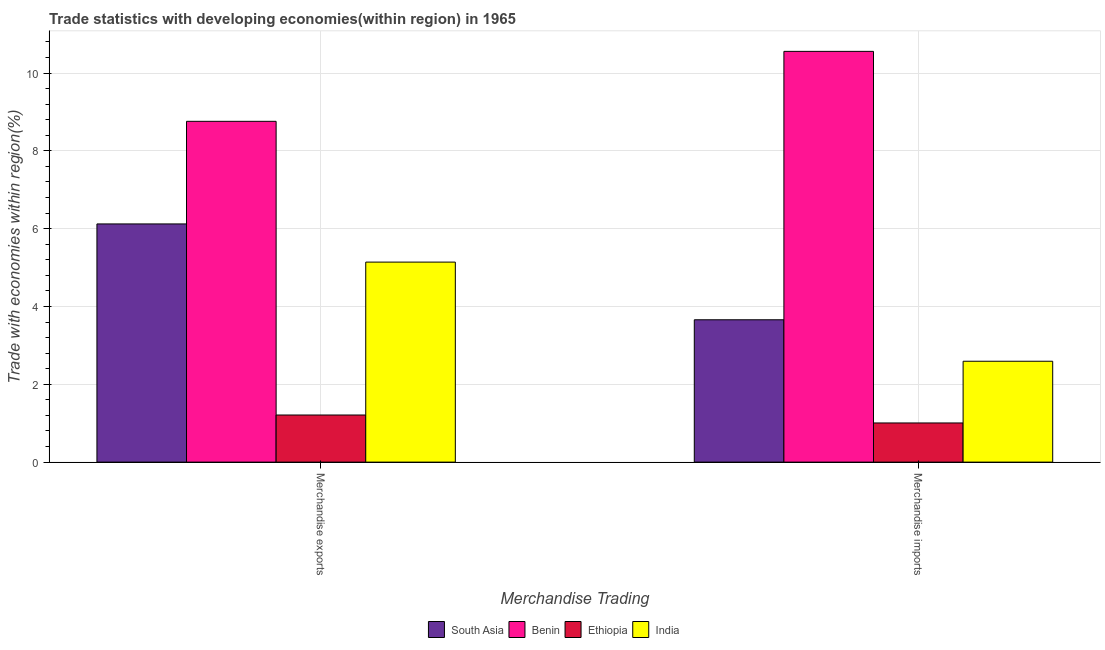
| Merchandise Trading | South Asia | Benin | Ethiopia | India |
 | --- | --- | --- | --- | --- |
 | Merchandise exports | 6.12 | 8.76 | 1.21 | 5.14 |
 | Merchandise imports | 3.66 | 10.6 | 1.01 | 2.59 |